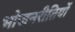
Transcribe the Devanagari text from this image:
भोजनरीतियों